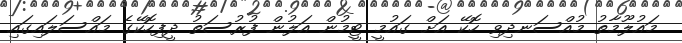
މައުލޫމާތު މުއްސަނދިވި ހޮކޭ އަށް ގައުމީ ޓީމުން އަލުން ފުރުސަތު ދީފިހޮކޭގެ މައްސަލައިގައި